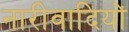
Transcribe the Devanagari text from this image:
नारीवादियों